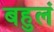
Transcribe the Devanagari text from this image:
बहुलं